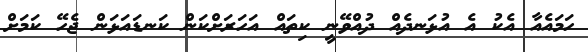
ހަމައެއާ އެކު އެ އުޅަނދެއް ދުއްވޭނީ ކިތައް އަހަރަށްކަން ކަނޑައަޅަން ޖެހޭ ކަމަށް